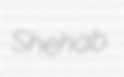
Shehab